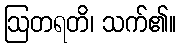
ဩတရတိ၊ သက်၏။